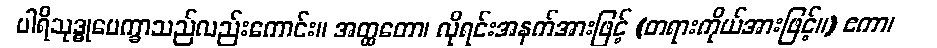
ပါရိသုဒ္ဓုပေက္ခာသည်လည်းကောင်း။ အတ္ထတော၊ လိုရင်းအနက်အားဖြင့် (တရားကိုယ်အားဖြင့်။) ဧကာ၊